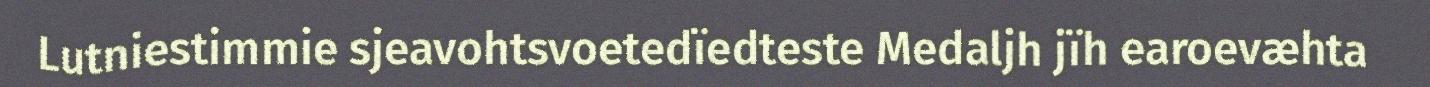
Lutniestimmie sjeavohtsvoetedïedteste Medaljh jïh earoevæhta